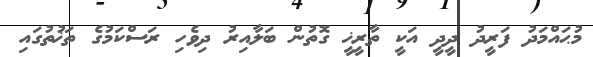
މުޙައްމަދު ފަރީދު ދީދީ އަކީ ތާރީޚީ ގޮތުން ބަލާއިރު ދިވެހި ރަސްކަމުގެ ތަޚުތުގައި